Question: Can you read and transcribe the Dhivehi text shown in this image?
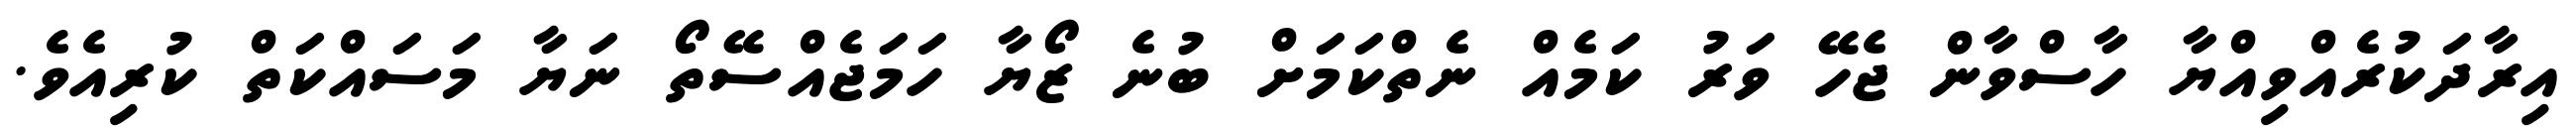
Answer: އިރާދަކުރެއްވިއްޔާ ހާސްވާން ޖެހޭ ވަރު ކަމެއް ނެތްކަމަށް ބުނެ ޒޯޔާ ހަމަޖެއްސޭތޯ ނަޔާ މަސައްކަތް ކުރިއެވެ.